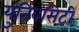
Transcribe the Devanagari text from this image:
युनिवसिर्टी